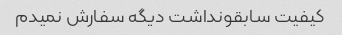
کیفیت سابقونداشت دیگه سفارش نمیدم